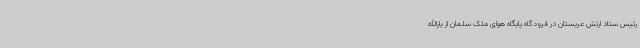
رئیس ستاد ارتش عربستان در فرودگاه پایگاه هوای ملک سلمان از یارالله